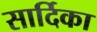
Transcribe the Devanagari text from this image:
सार्दिका